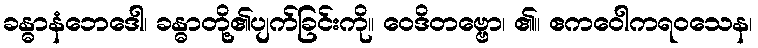
ခန္ဓာနံဘေဒေါ၊ ခန္ဓာတို့၏ပျက်ခြင်းကို။ ဝေဒိတဗ္ဗော၊ ၏။ ဧကဝေါကရဝသေန၊